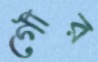
গৌর